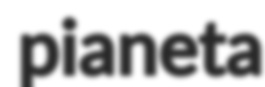
pianeta